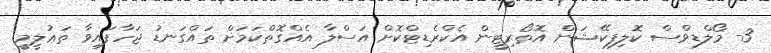
3- މޯލްޑިވްސް ކޮލިފިކޭޝަން އޮތޯރިޓީން އެކްރެޑިޓްކޮށް އަސްލާ އެއްގޮތްކަމަށް ތައްގަނޑު ޖަހާފައިވާ ތަޢުލީމީ